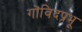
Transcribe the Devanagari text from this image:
गोंविदप्रभू